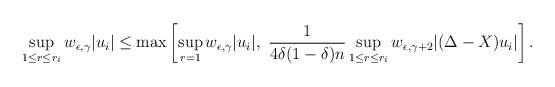
LaTeX: \begin{align*} \sup_{1\leq r\leq r_i} w_{\epsilon,\gamma} |u_i| \leq \max\left[ \sup_{r= 1} w_{\epsilon,\gamma} |u_i|, \ \frac1{4\delta(1-\delta)n} \sup_{1\leq r\leq r_i} w_{\epsilon,\gamma+2} |(\Delta-X)u_i| \right].\end{align*}